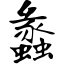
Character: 蠡